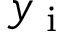
y _ { \textrm { i } }